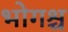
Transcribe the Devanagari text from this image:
भोगश्च